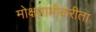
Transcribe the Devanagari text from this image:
मोक्षप्राप्तीकरीता